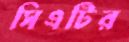
সিএটির